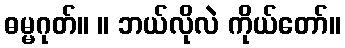
ဓမ္မဂုတ်။ ။ ဘယ်လိုလဲ ကိုယ်တော်။